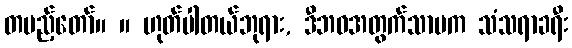
တပည့်တော်။ ။ ဟုတ်ပါတယ်ဘုရား, ဒီဘဝအတွက်သာမက သံသရာခရီး